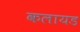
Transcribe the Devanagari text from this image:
कलायड